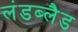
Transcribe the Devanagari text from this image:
लंडब्लैड